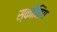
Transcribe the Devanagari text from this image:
स्कीमिंग